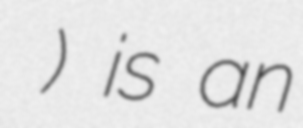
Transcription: আইনজীবী সমিতি) is an